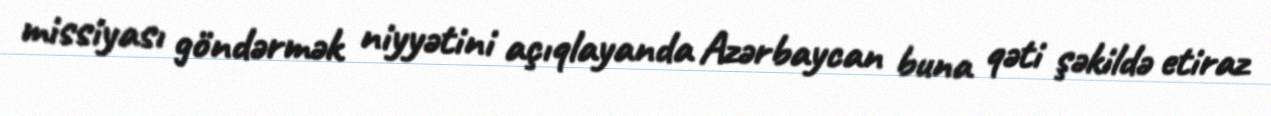
missiyası göndərmək niyyətini açıqlayanda Azərbaycan buna qəti şəkildə etiraz